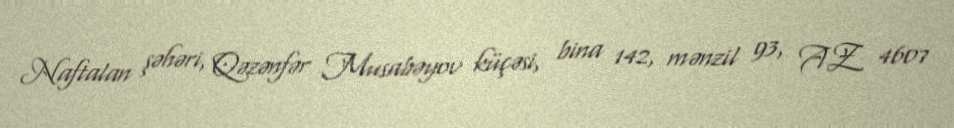
Naftalan şəhəri, Qəzənfər Musabəyov küçəsi, bina 142, mənzil 93, AZ 4607